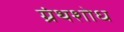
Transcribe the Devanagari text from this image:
ग्रंथशोध